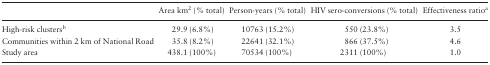
|  | Area km2 (% total) | Person-years (% total) | HIV sero-conversions (% total) | Effectiveness ratioa |
 | --- | --- | --- | --- | --- |
 | High-risk clustersb | 29.9 (6.8%) | 10763 (15.2%) | 550 (23.8%) | 3.5 |
 | Communities within 2 km of National Road | 35.8 (8.2%) | 22641 (32.1%) | 866 (37.5%) | 4.6 |
 | Study area | 438.1 (100%) | 70534 (100%) | 2311 (100%) | 1.0 |